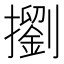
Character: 𢷶